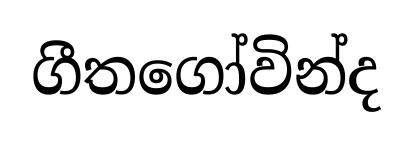
ගීතගෝවින්ද